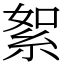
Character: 絮